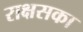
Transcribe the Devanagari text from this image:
राक्षसका